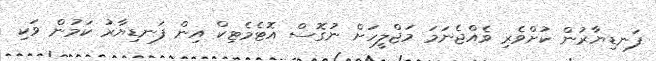
ފަނޑިޔާރުން ކުށްވެރި ވެއްޖެނަމަ މަޖްލީހަށް ނުގޮސް އޮޓެމެޓިކް އިން ފަނޑިޔާރު ކަމުން ވަކި